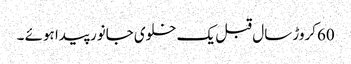
60کروڑ سال قبل یک خلوی جانور پیدا ہوئے ۔